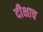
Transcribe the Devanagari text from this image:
दीक्षाच